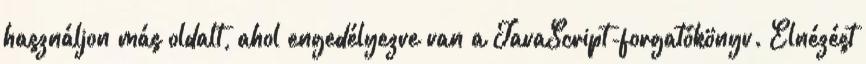
használjon más oldalt, ahol engedélyezve van a JavaScript-forgatókönyv. Elnézést